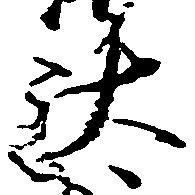
汰